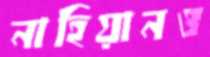
নাহিয়ানও